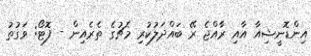
އިންޑޮނީޝިއާ އާއި ރާއްޖެ ރޭ ބައްދަލުކުރި މެޗުގެ ތެރެއިން - ފޮޓޯ: ވަގުތު